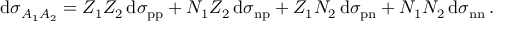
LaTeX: \mathrm { d } \sigma _ { A _ { 1 } A _ { 2 } } = { Z _ { 1 } } { Z _ { 2 } } \, \mathrm { d } \sigma _ { \mathrm { p p } } + { N _ { 1 } } { Z _ { 2 } } \, \mathrm { d } \sigma _ { \mathrm { n p } } + { Z _ { 1 } } { N _ { 2 } } \, \mathrm { d } \sigma _ { \mathrm { p n } } + { N _ { 1 } } { N _ { 2 } } \, \mathrm { d } \sigma _ { \mathrm { n n } } \, .